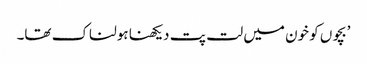
’بچوں کو خون میں لت پت دیکھنا ہولناک تھا۔